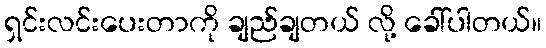
ရှင်းလင်းပေးတာကို ချည်ချတယ် လို့ ခေါ်ပါတယ်။